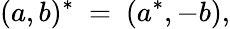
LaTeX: (a,b)^{*}\ =\ (a^{*},-b),